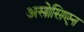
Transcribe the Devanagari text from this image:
असोसिएन